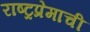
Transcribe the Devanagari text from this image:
राष्ट्रप्रेमाची